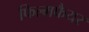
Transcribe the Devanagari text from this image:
फिल्मफैयर